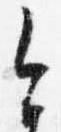
今